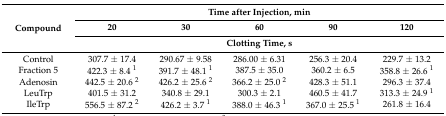
<table><thead><tr><td rowspan="3"><b>Compound</b></td><td colspan="5"><b>Time after Injection, min</b></td></tr><tr><td><b>20</b></td><td><b>30</b></td><td><b>60</b></td><td><b>90</b></td><td><b>120</b></td></tr><tr><td colspan="5"><b>Clotting Time, s</b></td></tr></thead><tbody><tr><td>Control</td><td>307.7 ± 17.4</td><td>290.67 ± 9.58</td><td>286.00 ± 6.31</td><td>256.3 ± 20.4</td><td>229.7 ± 13.2</td></tr><tr><td>Fraction 5</td><td>422.3 ± 8.4 <sup>1</sup></td><td>391.7 ± 48.1 <sup>1</sup></td><td>387.5 ± 35.0</td><td>360.2 ± 6.5</td><td>358.8 ± 26.6 <sup>1</sup></td></tr><tr><td>Adenosin</td><td>442.5 ± 20.6 <sup>2</sup></td><td>426.2 ± 25.6 <sup>2</sup></td><td>366.2 ± 25.0 <sup>2</sup></td><td>428.3 ± 51.1</td><td>296.3 ± 37.4</td></tr><tr><td>LeuTrp</td><td>401.5 ± 31.2</td><td>340.8 ± 29.1</td><td>300.3 ± 2.1</td><td>460.5 ± 41.7</td><td>313.3 ± 24.9 <sup>1</sup></td></tr><tr><td>IleTrp</td><td>556.5 ± 87.2 <sup>2</sup></td><td>426.2 ± 3.7 <sup>1</sup></td><td>388.0 ± 46.3 <sup>1</sup></td><td>367.0 ± 25.5 <sup>1</sup></td><td>261.8 ± 16.4</td></tr></tbody></table>